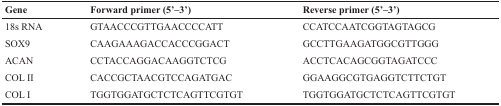
<table><thead><tr><td><b>Gene</b></td><td><b>Forward primer (5’–3’)</b></td><td><b>Reverse primer (5’–3’)</b></td></tr></thead><tbody><tr><td>18s RNA</td><td>GTAACCCGTTGAACCCCATT</td><td>CCATCCAATCGGTAGTAGCG</td></tr><tr><td>SOX9</td><td>CAAGAAAGACCACCCGGACT</td><td>GCCTTGAAGATGGCGTTGGG</td></tr><tr><td>ACAN</td><td>CCTACCAGGACAAGGTCTCG</td><td>ACCTCACAGCGGTAGATCCC</td></tr><tr><td>COL II</td><td>CACCGCTAACGTCCAGATGAC</td><td>GGAAGGCGTGAGGTCTTCTGT</td></tr><tr><td>COL I</td><td>TGGTGGATGCTCTCAGTTCGTGT</td><td>TGGTGGATGCTCTCAGTTCGTGT</td></tr></tbody></table>